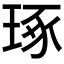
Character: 琢